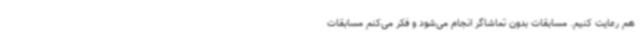
هم رعایت کنیم. مسابقات بدون تماشاگر انجام می‌شود و فکر می‌کنم مسابقات